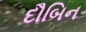
દૌબિન